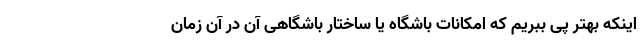
اینکه بهتر پی ببریم که امکانات باشگاه یا ساختار باشگاهی آن در آن زمان